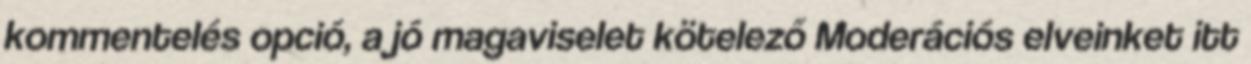
kommentelés opció, a jó magaviselet kötelező Moderációs elveinket itt